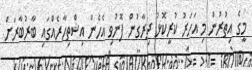
މީގެ އިތުރުން މި އަހަރު ކުރީކޮޅު ދިރާގުން ފޮނުވި އެހެން އިޝްތިހާރެއްގައި ބާރުބާރަށް